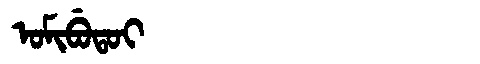
Manchu: ᠣᠮᡳᠪᡠᡨᠣᡳ
Romanization: OMIBUTOI